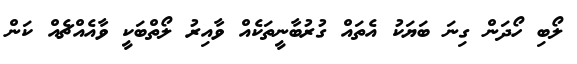
ލޯބި ހޯދަން ގިނަ ބަޔަކު އެތައް ގުރުބާނީތަކެއް ވާއިރު ލޯތްބަކީ ވާއެއްޗެއް ކަން